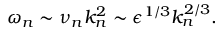
\omega _ { n } \sim \nu _ { n } k _ { n } ^ { 2 } \sim \epsilon ^ { 1 / 3 } k _ { n } ^ { 2 / 3 } .